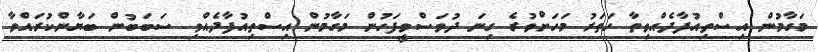
މަގާމުން އިސްތިއުފާދެއްވިތާ ހަތަރު މަހަށްވުރެ ގިނަ ދުވަސްވީފަހުން މަގާމުން އިސްތިއުފާދެއްވި ސަބަބުން ބަޔާންކުރައްވާ